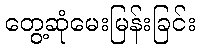
တွေ့ဆုံမေးမြန်းခြင်း